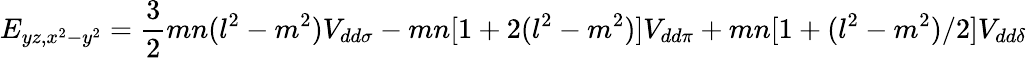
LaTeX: E_{yz,x^{2}-y^{2}}={\frac{3}{2}}mn(l^{2}-m^{2})V_{dd\sigma}-mn[1+2(l^{2}-m^{2})]V_{dd\pi}+mn[1+(l^{2}-m^{2})/2]V_{dd\delta}